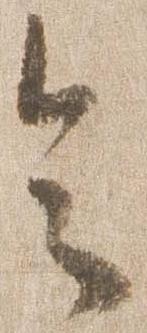
令